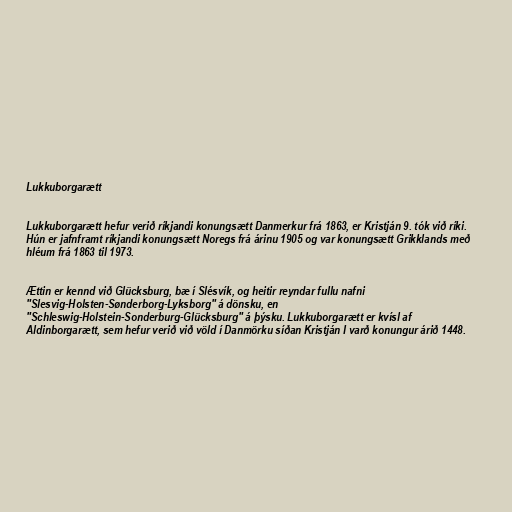
Lukkuborgarætt

Lukkuborgarætt hefur verið ríkjandi konungsætt Danmerkur frá 1863, er Kristján 9. tók við ríki.
Hún er jafnframt ríkjandi konungsætt Noregs frá árinu 1905 og var konungsætt Grikklands með
hléum frá 1863 til 1973.

Ættin er kennd við Glücksburg, bæ í Slésvík, og heitir reyndar fullu nafni
"Slesvig-Holsten-Sønderborg-Lyksborg" á dönsku, en
"Schleswig-Holstein-Sonderburg-Glücksburg" á þýsku. Lukkuborgarætt er kvísl af
Aldinborgarætt, sem hefur verið við völd í Danmörku síðan Kristján I varð konungur árið 1448.